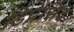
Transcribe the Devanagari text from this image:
डिप्रेसिव